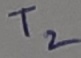
Text: T2